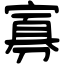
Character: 寡